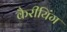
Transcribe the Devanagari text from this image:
कैरीयिंग